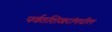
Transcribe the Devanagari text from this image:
पर्वतशिखरांमधील